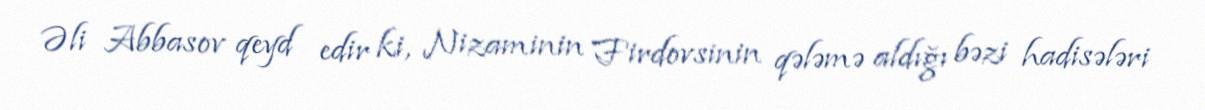
Əli Abbasov qeyd edir ki, Nizaminin Firdovsinin qələmə aldığı bəzi hadisələri